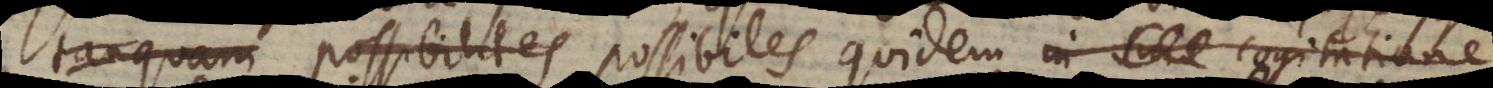
tanquam possibiles possibiles quidem in suae cogitatione